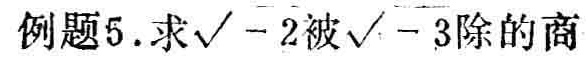
例题5. 求\(\sqrt{-2}\)被\(\sqrt{-3}\)除的商